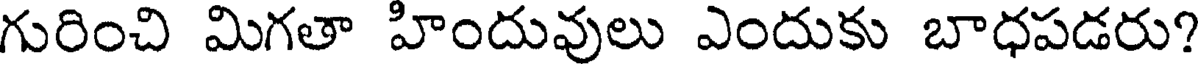
గురించి మిగతా హిందువులు ఎందుకు బాధపడరు?